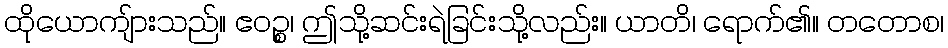
ထိုယောကျ်ားသည်။ ဧဝဉ္စ၊ ဤသို့ဆင်းရဲခြင်းသို့လည်း။ ယာတိ၊ ရောက်၏။ တတောစ၊